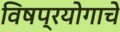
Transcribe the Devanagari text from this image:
विषप्रयोगाचे